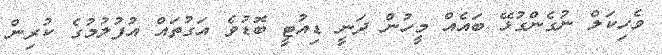
ވެހިކަލް ނުގެންގުޅޭ ބައެއް މީހުން ދަނީ ޑިއުޓީ ބޮޑުވެ އަގުތައް އުފުލުމުގެ ކުރިން